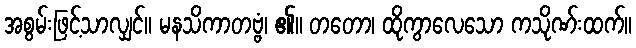
အစွမ်းဖြင့်သာလျှင်။ မနသိကာတဗ္ဗံ၊ ၏။ တတော၊ ထိုကွာလေသော ကသိုဏ်းထက်။